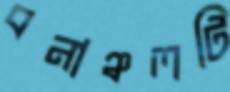
বনাঞ্চলটি